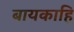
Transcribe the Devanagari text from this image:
बायकाहि